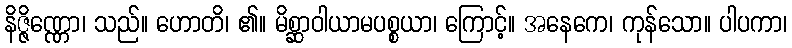
နိဇ္ဇိဏ္ဏော၊ သည်။ ဟောတိ၊ ၏။ မိစ္ဆာဝါယာမပစ္စယာ၊ ကြောင့်။ အနေကေ၊ ကုန်သော။ ပါပကာ၊